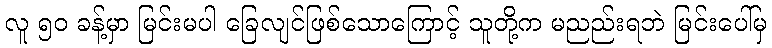
လူ ၅၀ ခန့်မှာ မြင်းမပါ ခြေလျင်ဖြစ်သောကြောင့် သူတို့က မညည်းရဘဲ မြင်းပေါ်မှ